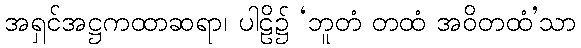
အရှင်အဋ္ဌကထာဆရာ၊ ပါဠိ၌ ‘ဘူတံ တထံ အဝိတထံ’သာ